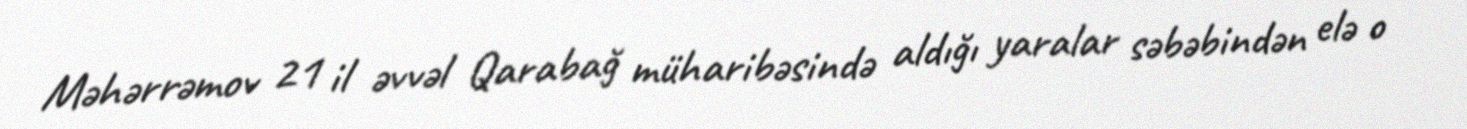
Məhərrəmov 21 il əvvəl Qarabağ müharibəsində aldığı yaralar səbəbindən elə o